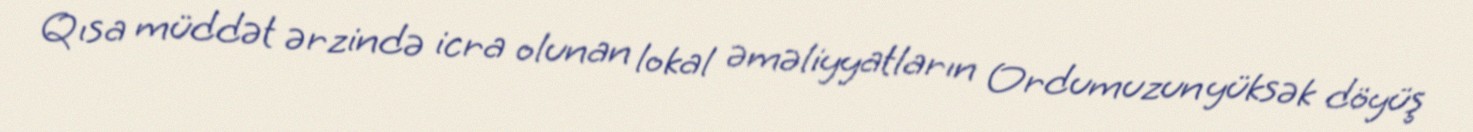
Qısa müddət ərzində icra olunan lokal əməliyyatların Ordumuzun yüksək döyüş